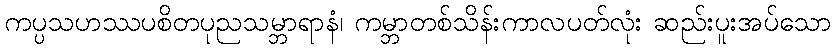
ကပ္ပသဟဿပစိတပုညသမ္ဘာရာနံ၊ ကမ္ဘာတစ်သိန်းကာလပတ်လုံး ဆည်းပူးအပ်သော